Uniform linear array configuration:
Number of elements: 16
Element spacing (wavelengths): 0.75
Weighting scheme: uniform
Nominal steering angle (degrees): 60
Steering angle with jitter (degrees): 60.209
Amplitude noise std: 0.05
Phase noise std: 0.05

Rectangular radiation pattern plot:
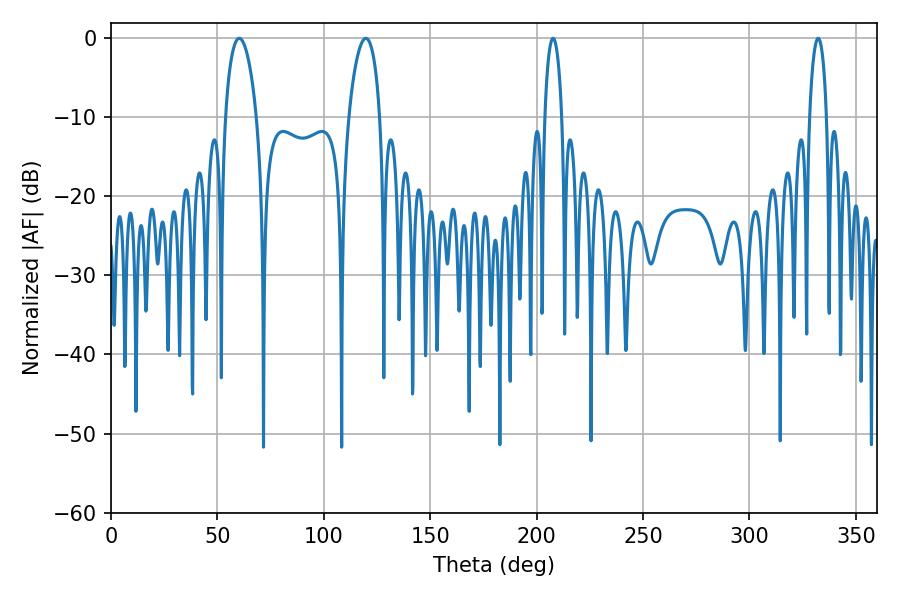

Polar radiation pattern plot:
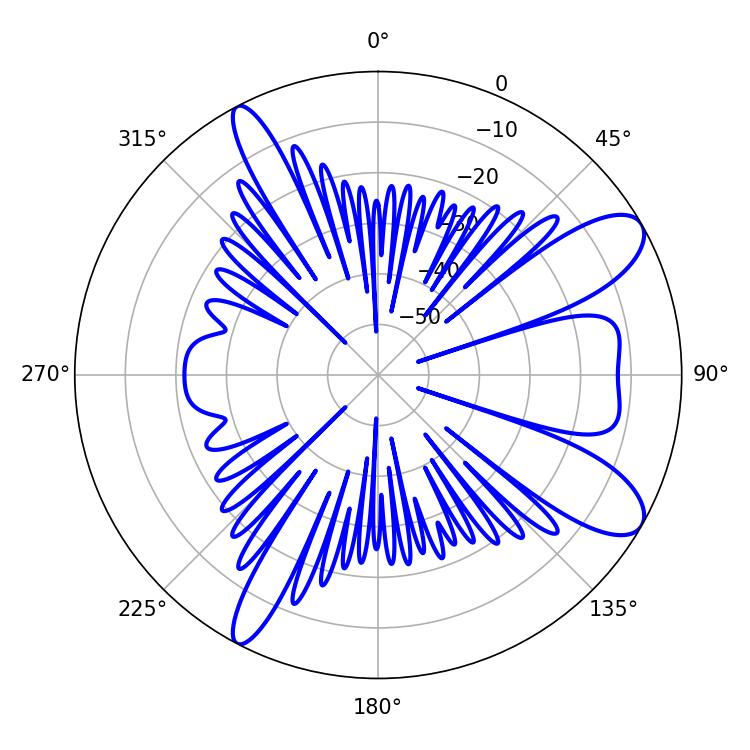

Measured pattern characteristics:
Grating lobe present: TRUE
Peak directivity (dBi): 9.721
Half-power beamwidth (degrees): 4.5
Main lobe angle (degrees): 332.28